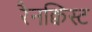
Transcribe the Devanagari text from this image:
रैनक्विस्ट